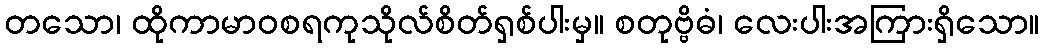
တသော၊ ထိုကာမာဝစရကုသိုလ်စိတ်ရှစ်ပါးမှ။ စတုဗ္ဗိဓံ၊ လေးပါးအကြားရှိသော။